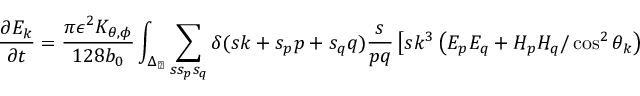
\frac { \partial E _ { k } } { \partial t } = \frac { \pi \epsilon ^ { 2 } K _ { \theta , \phi } } { 1 2 8 b _ { 0 } } \int _ { \Delta _ { \perp } } \sum _ { s s _ { p } s _ { q } } \delta ( s k + s _ { p } p + s _ { q } q ) \frac { s } { p q } \left[ s k ^ { 3 } \left( E _ { p } E _ { q } + H _ { p } H _ { q } / \cos ^ { 2 } \theta _ { k } \right) \right.